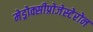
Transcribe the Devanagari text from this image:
मेड्रोक्सीप्रोजेस्टेरोन